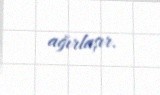
ağırlaşır.